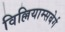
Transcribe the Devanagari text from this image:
विल्लियाम्सबेर्ग